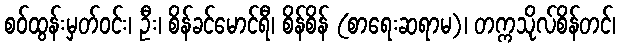
စဝ်ထွန်းမှတ်ဝင်း၊ ဦး၊ စိန်ခင်မောင်ရီ၊ စိန်စိန် (စာရေးဆရာမ)၊ တက္ကသိုလ်စိန်တင်၊